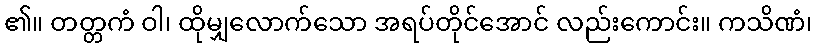
၏။ တတ္တကံ ဝါ၊ ထိုမျှလောက်သော အရပ်တိုင်အောင် လည်းကောင်း။ ကသိဏံ၊